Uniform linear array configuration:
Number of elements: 24
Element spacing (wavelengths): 1
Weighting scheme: uniform
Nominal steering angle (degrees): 15
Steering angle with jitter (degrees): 15.764
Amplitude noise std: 0.05
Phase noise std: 0.05

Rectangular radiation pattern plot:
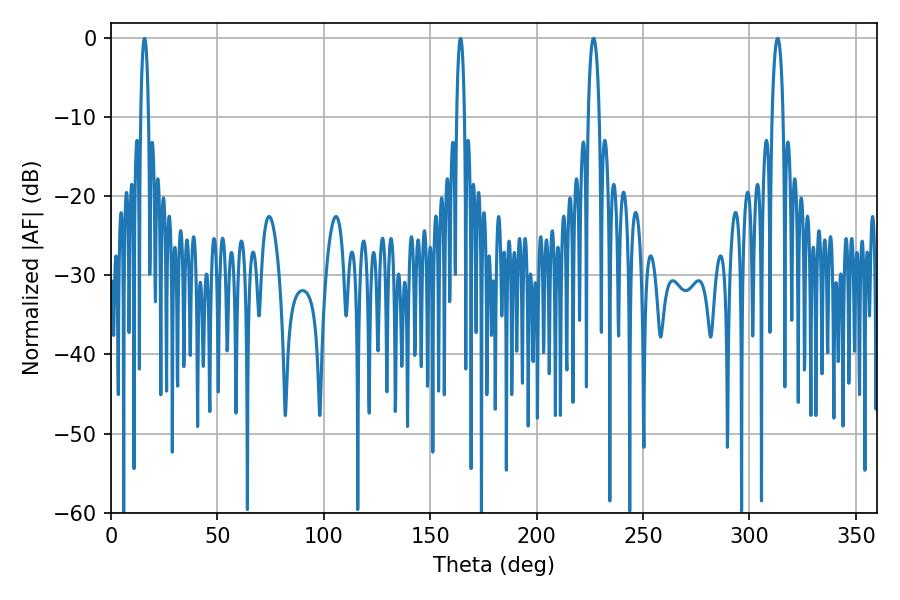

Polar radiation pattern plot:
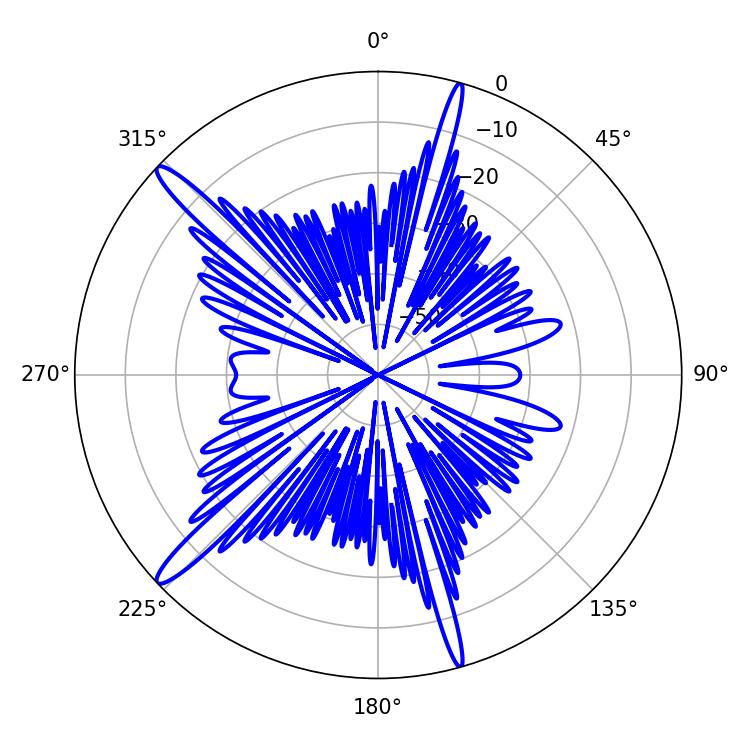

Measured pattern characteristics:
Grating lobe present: TRUE
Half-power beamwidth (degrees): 2.88
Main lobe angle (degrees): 226.8